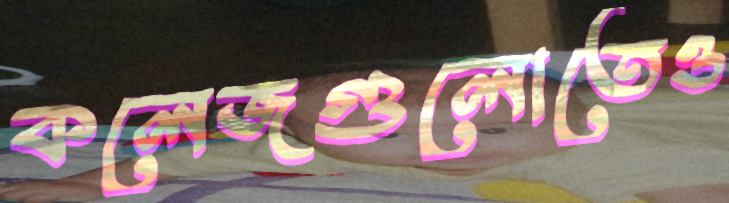
কলেজগুলোতেও